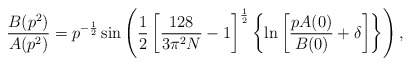
\begin{align*}\frac{B(p^{2})}{A(p^{2})}=p^{-\frac{1}{2}}\sin\left(\frac{1}{2}\left[ \frac{128}{3\pi^{2}N}-1\right]^{\frac{1}{2}}\left\{\ln \left[\frac{pA(0)}{B(0)}+\delta\right]\right\}\right),\end{align*}